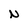
Character: N